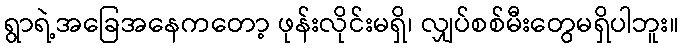
ရွာရဲ့အခြေအနေကတော့ ဖုန်းလိုင်းမရှိ၊ လျှပ်စစ်မီးတွေမရှိပါဘူး။